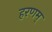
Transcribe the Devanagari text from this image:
हरणम्